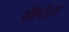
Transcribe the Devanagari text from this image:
थीएटेटस